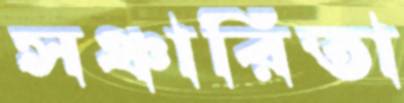
সঞ্চারিতা